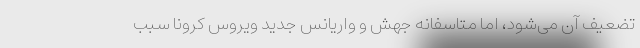
تضعیف آن می‌شود، اما متاسفانه جهش و واریانس جدید ویروس کرونا سبب